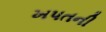
ખપતની